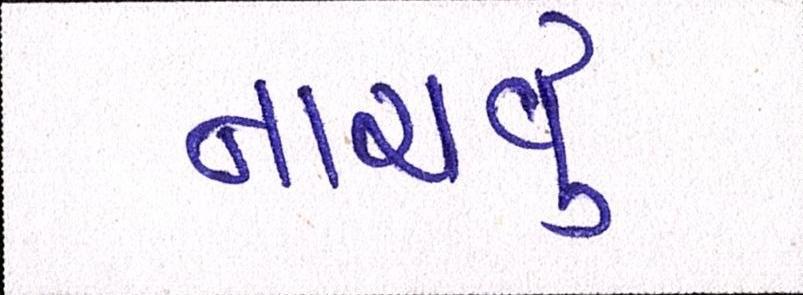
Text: નાચવું